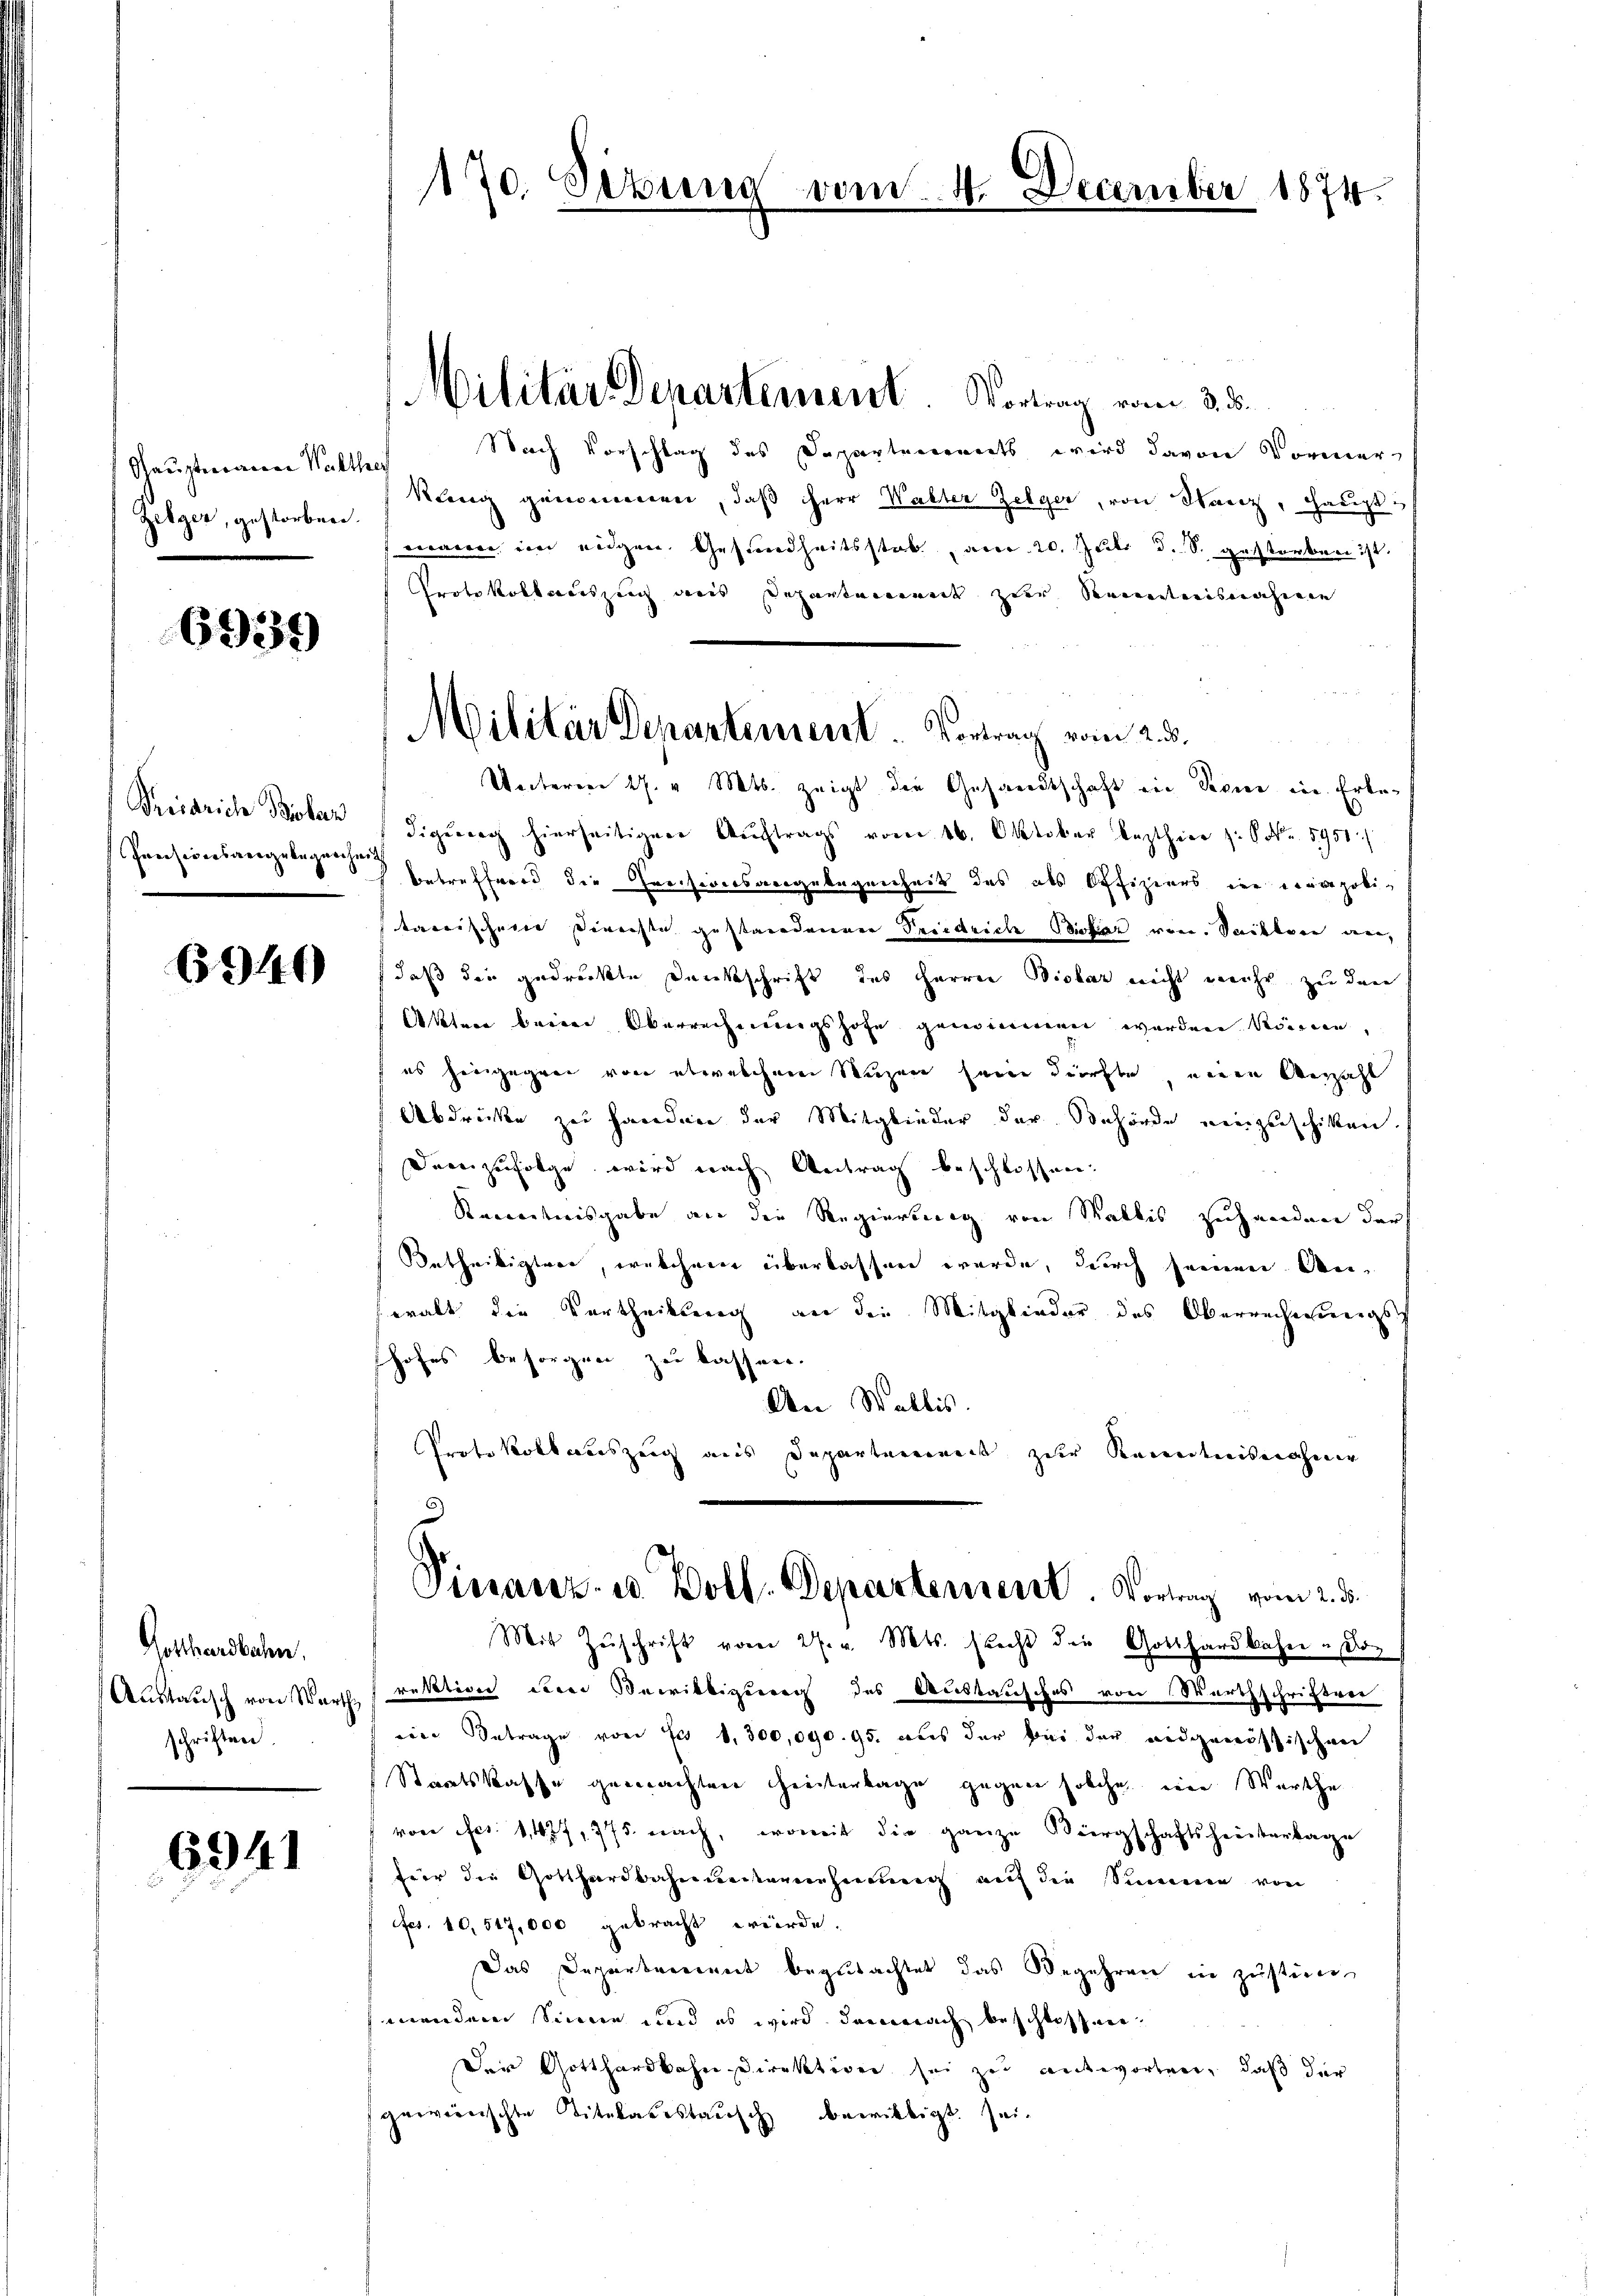
Kauptmannen Walther
Zelger, gestorben.

6939

Precarich Biolan
Pevisionsangelegenheit

6940

Gotthardbahn.
Austausch von Warth
schriften.

6941

Nach Vorschlag des Departemonats wird davon Vormer
Rang genommen, daß Herr Waller Zelger, von Harz, Hauptvrance von eigen Gesundheitsstab, aber 20. Juli d. S. gestorben ist.
Protokollauszug aus Departement zur Kenntnisnahmen
Unterer 27. v. Mts. zeigt die Gesandtschaft ein Peene in Erledigenerg hierseitigen Auftrags vom 16. Oktober lezthier z. S. Nr. 1951.
betreffend die Preiseversangelegenheit des als Offiziers in eingepolitacrischene Vererste gestandenen Friedrich Bietar von Saillen an,
daß die gedrückte Dankschrift des Herrn Disbar nicht mehr zu den
Akten beim Oberrechnungshofe genommen werden können,
es hergegen von etwaschen Nuzen seine dürfte, einen Verzahl
Abdrücke zu Handen der Mitglieder der Behörde einzuschicken.
Demzufolge wird nach Antrag beschlossen.
Steckentnisgabe an die Regierung von Wallis zuhanden darf
Betheiligter, welchen überlassen wurde, durch seinen den
walt die Vortheilung an die Mitglieder des Oberrechnungsshofes besorgen zu lassen.
An Wallis.
Protokollauszeig aus Departement zur Kenntnisnahmer
.
d
Finanz- u. Boll. Departement. Vortrag vom 2. d.
Mit Zuschrift vom 27. v. Mts. secht die Gotthardbaher u so
rektion der Bewilligung des Austausches von Werthschriftver
eine Betrage von fl 8,300,000. 95. aus der bei der eidgenössischen
Staatskasse gemachten Hinterlage gegen solche wie Werthe
von Fr. 1477, 775. nach, womit die ganze Bürgschaftsheitertage
für die Gotthardbahnunternehmung auf die Summe von
fes. 10,517,000 gebracht würde.
Das Departement begutachtet das Begehren in Zustim
mendem Sinne und es wird demnach beschlossen,
Der Gotthardbahndirektiven sei zu antworten, daß der
gervorrischte Titulatestausch bewilligt. sei¬

170. Situng

Militär Departement. Vortrag vom 3. d.

Militär Departement. Vortrag vom 2. 3.

vom 4. December 1874.